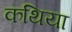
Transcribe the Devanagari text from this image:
कथिया